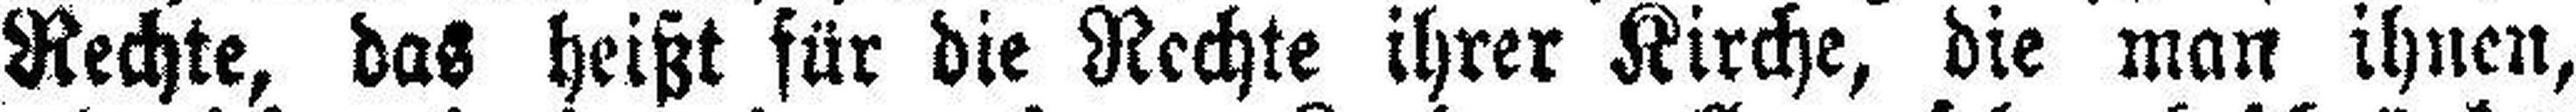
Rechte, das heißt für die Rechte ihrer Kirche, die man ihnen,